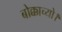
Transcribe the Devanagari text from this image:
बोक्काच्यो।